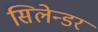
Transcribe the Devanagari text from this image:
सिलेन्डर